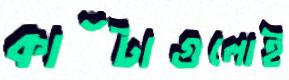
কাঁটাগুলোই